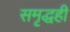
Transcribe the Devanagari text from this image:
समृद्धही